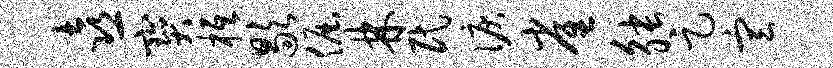
喜宝柢歇倔林民泪雀觖足宣